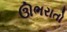
ઊભરાતો